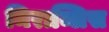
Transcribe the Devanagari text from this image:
मिराब्लिस